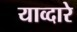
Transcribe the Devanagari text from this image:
याव्दारे